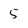
Character: 5